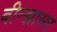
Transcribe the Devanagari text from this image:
बीन्झासर